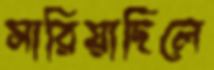
সারিয়াছিলে